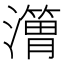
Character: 𱩸